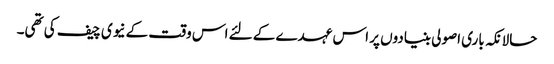
حالانکہ باری اصولی بنیادوں پر اس عہدے کے لئے اس وقت کے نیوی چیف کی تھی۔